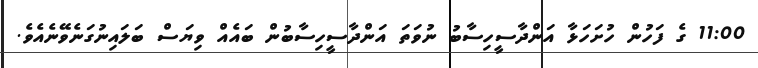
11:00 ގެ ފަހުން ހުށަހަޅާ އަންދާސީހިސާބު ނުވަތަ އަންދާސީހިސާބުން ބައެއް ވިޔަސް ބަލައިނުގަނެވޭނެއެވެ.